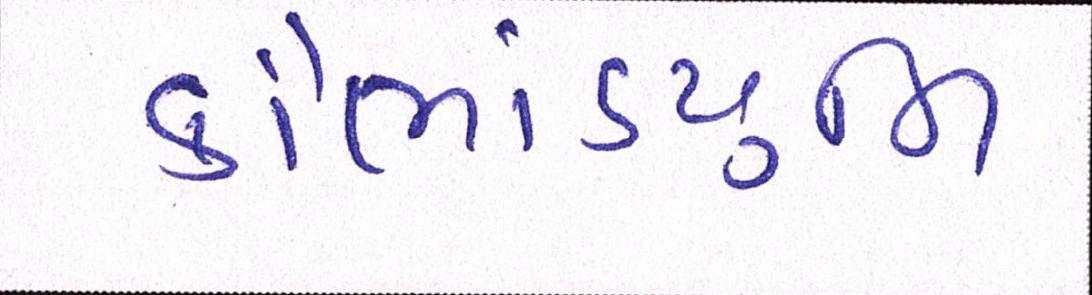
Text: કૌભાંડયુનિ